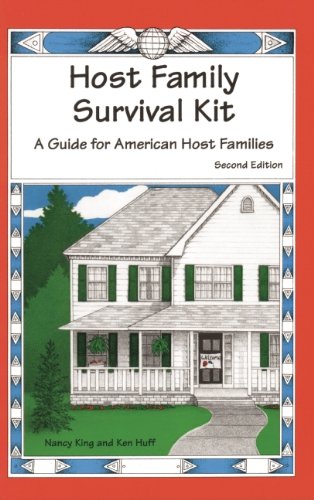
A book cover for Host Family Survival Kit: A Guide for American Host Families; Nancy King; Travel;